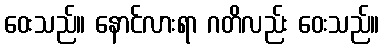
ဝေးသည်။ နောင်လားရာ ဂတိလည်း ဝေးသည်။